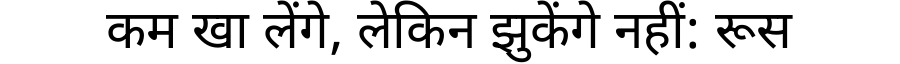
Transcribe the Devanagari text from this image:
कम खा लेंगे, लेकिन झुकेंगे नहीं: रूस